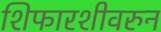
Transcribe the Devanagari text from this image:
शिफारशीवरुन